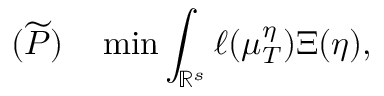
( \widetilde P ) \quad \operatorname* { m i n } \int _ { \mathbb { R } ^ { s } } \ell ( \mu _ { T } ^ { \eta } ) \d \Xi ( \eta ) ,